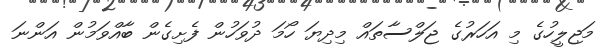
މަޖިލީހުގެ މި އަހަރުގެ ޖަލްސާތައް މިދިޔަ ހޯމަ ދުވަހުން ފެށިގެން ބާއްވަމުން އަންނަ